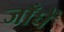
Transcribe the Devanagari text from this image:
जाँघें